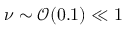
\nu \sim \mathcal { O } ( 0 . 1 ) \ll 1